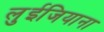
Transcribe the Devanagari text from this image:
लुईजियाना